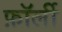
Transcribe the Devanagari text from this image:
फ़ॉर्ली